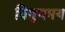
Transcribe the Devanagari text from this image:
त्रिगुणमय